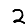
Digit: 2